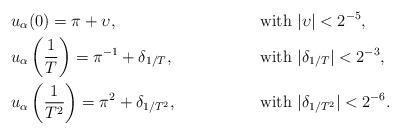
LaTeX: \begin{align*}& u_\alpha(0)=\pi+\upsilon, && \mbox{ with } |\upsilon|<2^{-5}, \\ &u_\alpha\left(\frac{1}{T}\right)=\pi^{-1}+\delta_{1/T}, && \mbox{ with }|\delta_{1/T}|<2^{-3}, \\&u_\alpha\left(\frac{1}{T^2} \right)=\pi^2+\delta_{1/T^2}, && \mbox{ with } |\delta_{1/T^2}|<2^{-6}.\end{align*}